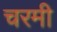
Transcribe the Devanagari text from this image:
चरमी